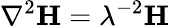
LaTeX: \nabla^{2}\mathbf{H}=\lambda^{-2}\mathbf{H}